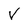
Character: V